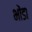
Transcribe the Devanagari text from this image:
भोंडा